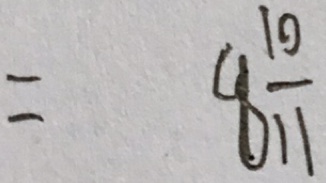
= 8 \frac { 1 0 } { 1 1 }